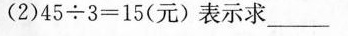
(2)$$4 5 \div 3 = 1 5$$(元)表示求___